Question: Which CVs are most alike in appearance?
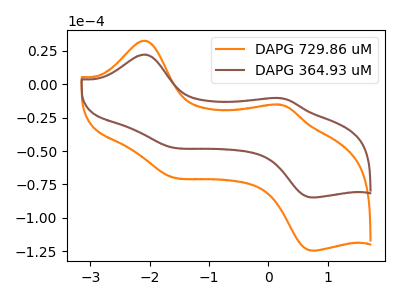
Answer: <think>The orange curve "DAPG 729.86 uM" has anodic peaks at (-2.10V, 32.45uA) (0.15V, -15.25uA) and cathodic peaks at (-1.65V, -68.80uA) (0.75V, -124.35uA). The brown curve "DAPG 364.93 uM" has anodic peaks at (-2.10V, 22.10uA) (0.15V, -10.40uA) and cathodic peaks at (-1.65V, -46.85uA) (0.75V, -84.60uA).
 All the peaks in "DAPG 729.86 uM" have a peak in "DAPG 364.93 uM" at the same potential.</think>
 <answer>"DAPG 364.93 uM" and "DAPG 729.86 uM" have the same shape and are likely CV's of the same chemical.</answer>
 <eval>"DAPG 364.93 uM" "DAPG 729.86 uM"</eval>